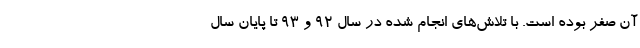
آن صفر بوده است. با تلاش‌های انجام شده در سال ۹۲ و ۹۳ تا پایان سال